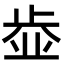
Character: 𣦄